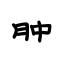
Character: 肿